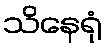
သိနေရုံ